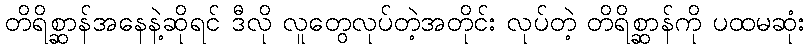
တိရိစ္ဆာန်အနေနဲ့ဆိုရင် ဒီလို လူတွေလုပ်တဲ့အတိုင်း လုပ်တဲ့ တိရိစ္ဆာန်ကို ပထမဆုံး